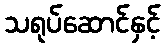
သရုပ်ဆောင်နှင့်